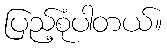
ပြည့်စုံပါတယ်။